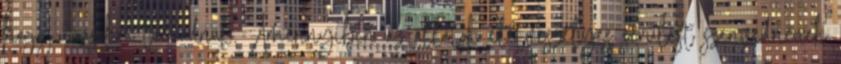
hogy másokra támadnak. Amennyiben az állatok életveszélyes sérülést szenvednének